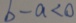
b - a < 0